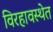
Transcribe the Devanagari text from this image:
विरहावस्थेत